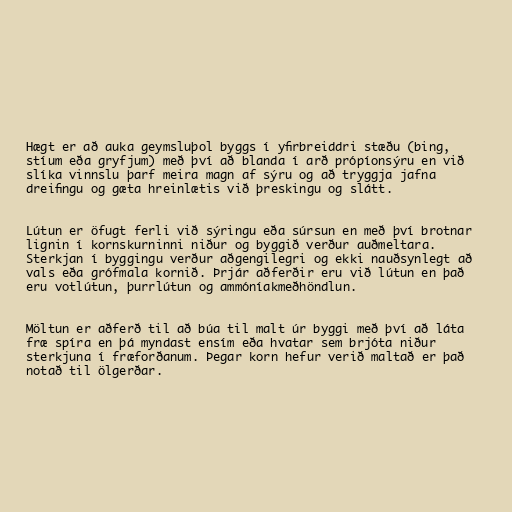
Hægt er að auka geymsluþol byggs í yfirbreiddri stæðu (bing,
stíum eða gryfjum) með því að blanda í arð própíonsýru en við
slíka vinnslu þarf meira magn af sýru og að tryggja jafna
dreifingu og gæta hreinlætis við þreskingu og slátt.

Lútun er öfugt ferli við sýringu eða súrsun en með því brotnar
lignin í kornskurninni niður og byggið verður auðmeltara.
Sterkjan í byggingu verður aðgengilegri og ekki nauðsynlegt að
vals eða grófmala kornið. Þrjár aðferðir eru við lútun en það
eru votlútun, þurrlútun og ammóníakmeðhöndlun.

Möltun er aðferð til að búa til malt úr byggi með því að láta
fræ spíra en þá myndast ensím eða hvatar sem brjóta niður
sterkjuna í fræforðanum. Þegar korn hefur verið maltað er það
notað til ölgerðar.